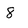
Character: 8